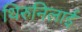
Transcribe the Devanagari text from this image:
थिरुनिलाई